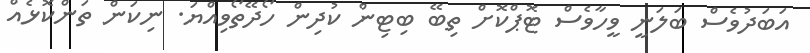
އަބަދުވެސް ބަލަނީ ވީހާވެސް ޓޮޕްކޮށް ތިބޭ ބިޓިން ކުދިން ހޯދޭތޯވިއްޔަ. ނިކަން ތަންކޮޅެއް